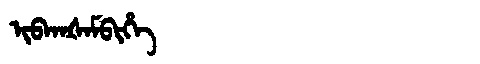
Manchu: ᡳᠪᡴᠠᡧᠠᠮᠪᡳᡥᡝ
Romanization: IBKAŠAMBIHE